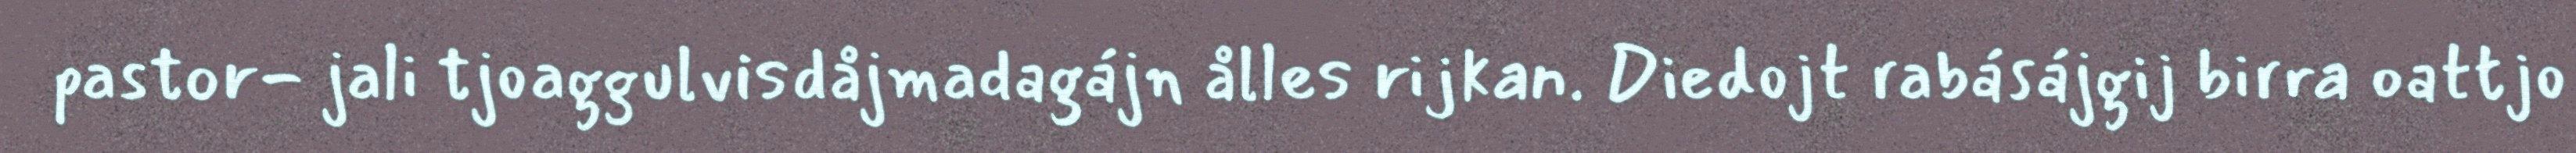
pastor- jali tjoaggulvisdåjmadagájn ålles rijkan. Diedojt rabásájgij birra oattjo